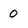
Character: 0